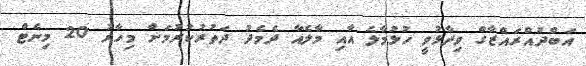
އަބްދުއްރައްޒާގް ވިދާޅުވީ ހުޅުމާލެ އާއި މާލެއާ ދެމެދު ދަތުރުކުރުމަށް މިހާރު 20 މިނެޓް